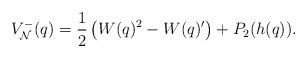
LaTeX: \begin{align*}V^-_{\cal N}(q)=\frac12\left(W(q)^2 - W(q)'\right)+P_2(h(q)).\end{align*}